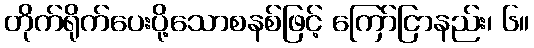
တိုက်ရိုက်ပေးပို့သောစနစ်ဖြင့် ကြော်ငြာနည်း၊ ၆။